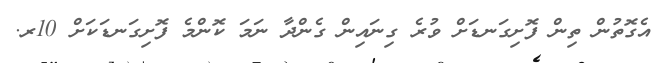
އެގޮތުން ތިން ފޮށިގަނޑަށް ވުރެ ގިނައިން ގެންދާ ނަމަ ކޮންމެ ފޮށިގަނޑަކަށް 10ރ.